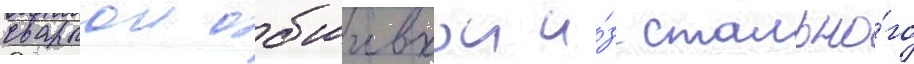
сваркои обшивкои и́з стально́го